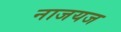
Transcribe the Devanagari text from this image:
नाजयज